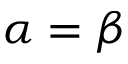
\alpha = \beta